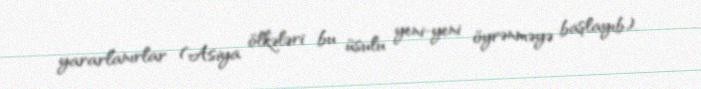
yararlanırlar (Asiya ölkələri bu üsulu yeni-yeni öyrənməyə başlayıb).